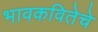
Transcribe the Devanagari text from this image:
भावकवितेचे